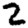
Digit: 2